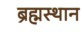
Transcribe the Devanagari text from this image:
ब्रह्मस्थान